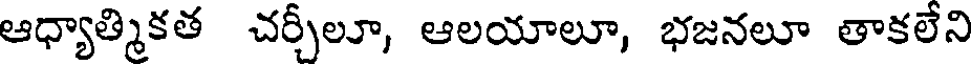
ఆధ్యాత్మికత చర్చీలూ, ఆలయాలూ, భజనలూ తాకలేని